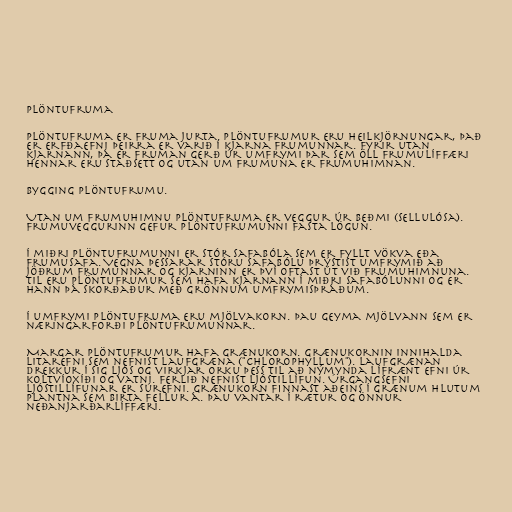
Plöntufruma

Plöntufruma er fruma jurta. Plöntufrumur eru heilkjörnungar, það
er erfðaefni þeirra er varið í kjarna frumunnar. Fyrir utan
kjarnann, þá er fruman gerð úr umfrymi þar sem öll frumulíffæri
hennar eru staðsett og utan um frumuna er frumuhimnan.

Bygging plöntufrumu.

Utan um frumuhimnu plöntufruma er veggur úr beðmi (sellulósa).
Frumuveggurinn gefur plöntufrumunni fasta lögun.

Í miðri plöntufrumunni er stór safabóla sem er fyllt vökva eða
frumusafa. Vegna þessarar stóru safabólu þrýstist umfrymið að
jöðrum frumunnar og kjarninn er því oftast út við frumuhimnuna.
Til eru plöntufrumur sem hafa kjarnann í miðri safabólunni og er
hann þá skorðaður með grönnum umfrymisþráðum.

Í umfrymi plöntufruma eru mjölvakorn. Þau geyma mjölvann sem er
næringarforði plöntufrumunnar.

Margar plöntufrumur hafa grænukorn. Grænukornin innihalda
litarefni sem nefnist laufgræna ("chlorophyllum"). Laufgrænan
drekkur í sig ljós og virkjar orku þess til að nýmynda lífrænt efni úr
koltvíoxíði og vatni. Ferlið nefnist ljóstillífun. Úrgangsefni
ljóstillífunar er súrefni. Grænukorn finnast aðeins í grænum hlutum
plantna sem birta fellur á. Þau vantar í rætur og önnur
neðanjarðarlíffæri.